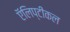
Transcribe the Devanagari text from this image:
ऍलिप्टीकल